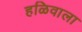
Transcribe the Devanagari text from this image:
हळिवाला